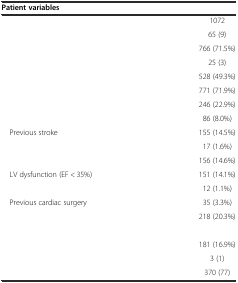
<table><thead><tr><td><b>Patient variables</b></td><td>[EMPTY_CELL]</td></tr></thead><tbody><tr><td>[EMPTY_CELL]</td><td>1072</td></tr><tr><td>[EMPTY_CELL]</td><td>65 (9)</td></tr><tr><td>[EMPTY_CELL]</td><td>766 (71.5%)</td></tr><tr><td>[EMPTY_CELL]</td><td>25 (3)</td></tr><tr><td>[EMPTY_CELL]</td><td>528 (49.3%)</td></tr><tr><td>[EMPTY_CELL]</td><td>771 (71.9%)</td></tr><tr><td>[EMPTY_CELL]</td><td>246 (22.9%)</td></tr><tr><td>[EMPTY_CELL]</td><td>86 (8.0%)</td></tr><tr><td> Previous stroke</td><td>155 (14.5%)</td></tr><tr><td>[EMPTY_CELL]</td><td>17 (1.6%)</td></tr><tr><td>[EMPTY_CELL]</td><td>156 (14.6%)</td></tr><tr><td> LV dysfunction (EF &lt; 35%)</td><td>151 (14.1%)</td></tr><tr><td>[EMPTY_CELL]</td><td>12 (1.1%)</td></tr><tr><td> Previous cardiac surgery</td><td>35 (3.3%)</td></tr><tr><td>[EMPTY_CELL]</td><td>218 (20.3%)</td></tr><tr><td>[EMPTY_CELL]</td><td>[EMPTY_CELL]</td></tr><tr><td>[EMPTY_CELL]</td><td>181 (16.9%)</td></tr><tr><td>[EMPTY_CELL]</td><td>3 (1)</td></tr><tr><td>[EMPTY_CELL]</td><td>370 (77)</td></tr></tbody></table>